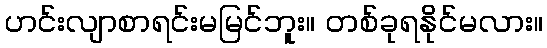
ဟင်းလျာစာရင်းမမြင်ဘူး။ တစ်ခုရနိုင်မလား။